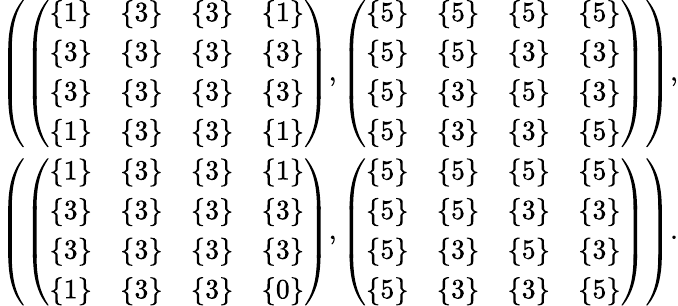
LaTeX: \begin{array}{r}{\left(\left(\begin{array}{llll}{\{ 1\} }&{\{ 3\} }&{\{ 3\} }&{\{ 1\} }\\ {\{ 3\} }&{\{ 3\} }&{\{ 3\} }&{\{ 3\} }\\ {\{ 3\} }&{\{ 3\} }&{\{ 3\} }&{\{ 3\} }\\ {\{ 1\} }&{\{ 3\} }&{\{ 3\} }&{\{ 1\} }\end{array}\right),\left(\begin{array}{llll}{\{ 5\} }&{\{ 5\} }&{\{ 5\} }&{\{ 5\} }\\ {\{ 5\} }&{\{ 5\} }&{\{ 3\} }&{\{ 3\} }\\ {\{ 5\} }&{\{ 3\} }&{\{ 5\} }&{\{ 3\} }\\ {\{ 5\} }&{\{ 3\} }&{\{ 3\} }&{\{ 5\} }\end{array}\right)\right),}\\ {\left(\left(\begin{array}{llll}{\{ 1\} }&{\{ 3\} }&{\{ 3\} }&{\{ 1\} }\\ {\{ 3\} }&{\{ 3\} }&{\{ 3\} }&{\{ 3\} }\\ {\{ 3\} }&{\{ 3\} }&{\{ 3\} }&{\{ 3\} }\\ {\{ 1\} }&{\{ 3\} }&{\{ 3\} }&{\{ 0\} }\end{array}\right),\left(\begin{array}{llll}{\{ 5\} }&{\{ 5\} }&{\{ 5\} }&{\{ 5\} }\\ {\{ 5\} }&{\{ 5\} }&{\{ 3\} }&{\{ 3\} }\\ {\{ 5\} }&{\{ 3\} }&{\{ 5\} }&{\{ 3\} }\\ {\{ 5\} }&{\{ 3\} }&{\{ 3\} }&{\{ 5\} }\end{array}\right)\right).}\end{array}